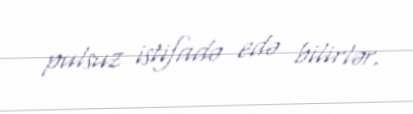
pulsuz istifadə edə bilirlər.